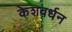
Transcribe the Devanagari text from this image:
केशवर्धन